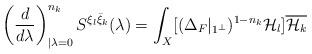
LaTeX: \begin{align*}\left(\frac{d}{d\lambda}\right)^{n_k}_{|{\lambda=0}}S^{\xi_l \bar \xi_k}(\lambda)=\int_X [(\Delta_F|_{1^\bot})^{1-n_k}{\cal H}_l ]\overline{{\cal H}_k}\,\end{align*}